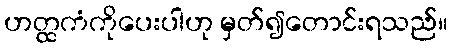
ဟတ္ထကံကိုပေးပါဟု မှတ်၍တောင်းရသည်။